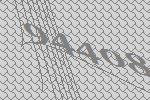
94408